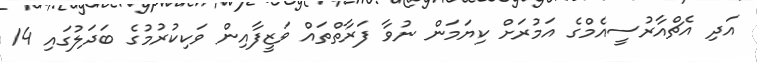
އަދި އެޗްއާރުސީއެމްގެ އަމުރަށް ކިޔަމަން ނުވާ ފަރާތްތައް ވަޒީފާއިން ވަކިކުރުމުގެ ބަދަލުގައި 14